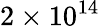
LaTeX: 2\times 10^{14}